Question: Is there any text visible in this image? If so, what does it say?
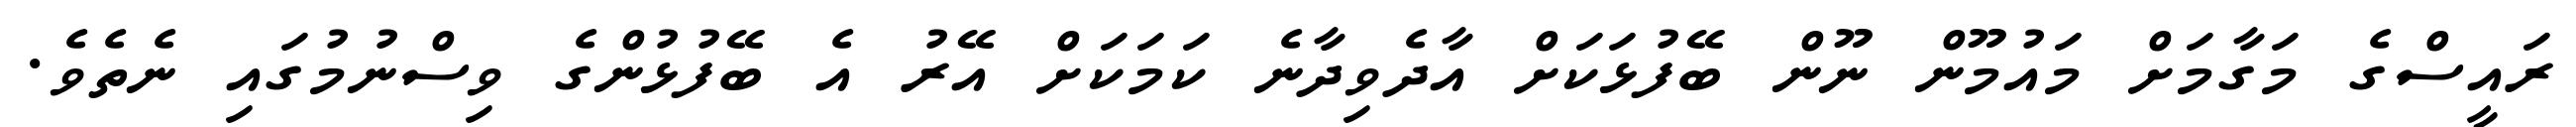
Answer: ރައީސްގެ މަގާމަށް މައުމޫން ނޫން ބޭފުޅަކަށް އާދެވިދާނެ ކަމަކަށް އޭރު އެ ބޭފުޅުންގެ ވިސްނުމުގައި ނެތެވެ.